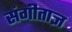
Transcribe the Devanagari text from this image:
संगीताज्ञ